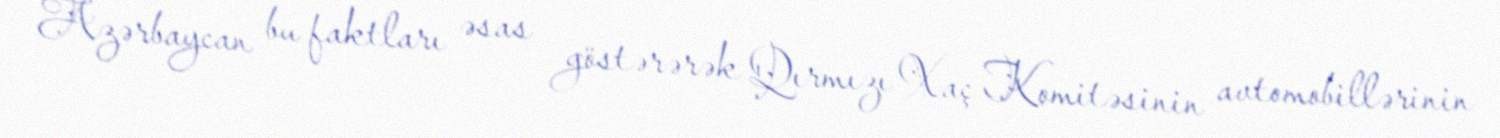
Azərbaycan bu faktları əsas göstərərək Qırmızı Xaç Komitəsinin avtomobillərinin